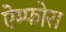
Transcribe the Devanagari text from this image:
ऐम्फोरा